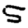
Digit: 5